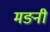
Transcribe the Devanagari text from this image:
मङनी